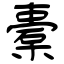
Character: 橐